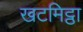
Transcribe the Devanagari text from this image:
खटमिट्ठा